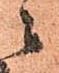
ニ